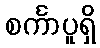
စင်္ကာပူရှိ